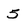
Character: 5